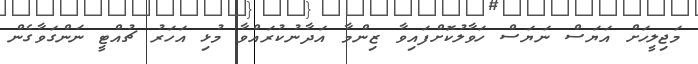
މަޖިލީހަށް އަޔަސް ނަޔަސް ހަވާލުކޮށްފައިވާ ޒިންމާ އަދާނުކުރައްވާ މުޅި އަހަރު ޗުއްޓީ ނަންގަވާގެން